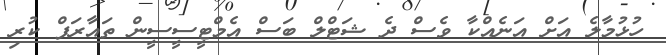
ހުޅުމާލެ އަށް އަނެއްކާ ވެސް ދެ ޝަޓްލް ބަސް އެމްޓީސީސީން ތައާރަފް ކުރި